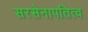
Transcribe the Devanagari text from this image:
सरसेनापतित्व